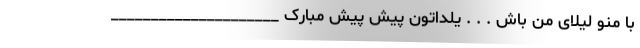
با منو لیلای من باش . . . یلداتون پیش پیش مبارک _____________________